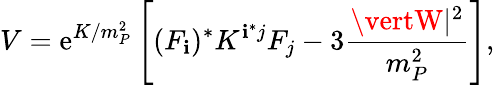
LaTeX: V=\mathrm{e}^{K/m_{P}^{2}}\left[(F_{\mathbf{i}})^{*}K^{\mathbf{i}^{*}j}F_{j}-3\frac{{\vertW\vert^{2}}}{{m_{P}^{2}}}\right],